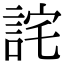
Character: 詫